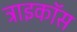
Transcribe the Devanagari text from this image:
ट्राइकॉस